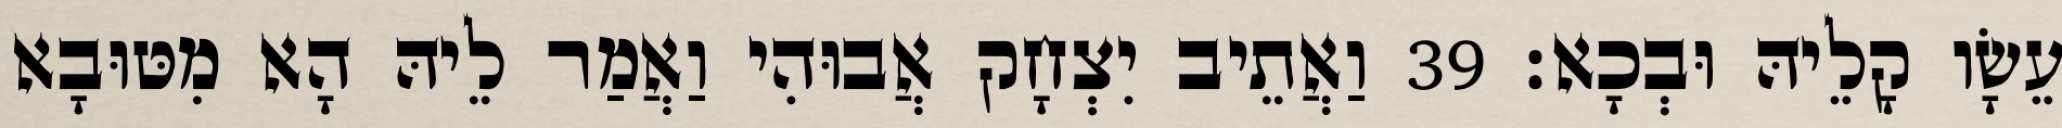
עֵשָׂו קָלֵיהּ וּבְכָא׃ 39 וַאֲתֵיב יִצְחָק אֲבוּהִי וַאֲמַר לֵיהּ הָא מִטּוּבָא